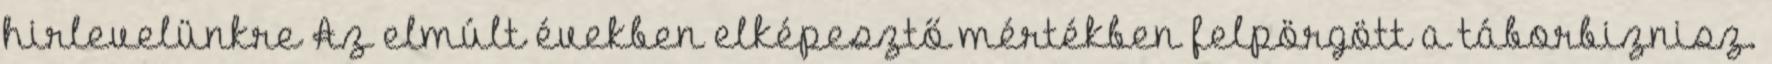
hirlevelünkre Az elmúlt években elképesztő mértékben felpörgött a táborbiznisz.